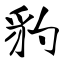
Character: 豹